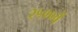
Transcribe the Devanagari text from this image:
२५००वें